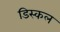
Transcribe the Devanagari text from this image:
डिस्कल